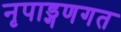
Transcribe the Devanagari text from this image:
नृपाड्गणगत